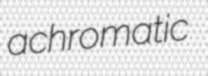
achromatic